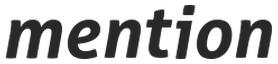
mention